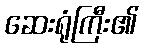
ဆေးရုံကြီး၏